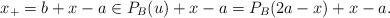
LaTeX: \begin{align*}x_+=b+x-a\in P_{B}(u)+x-a=P_{B}(2a-x)+x-a.\end{align*}